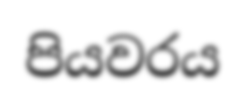
පියවරය